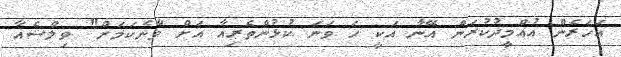
އަހަރެން އުއްމީދުކުރަން އޭނާ އަކީ ހަ ވަނަ ކުޅުންތެރިއާ އަށް ވާނެކަމަށް" ވިލްޝެއާ